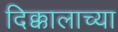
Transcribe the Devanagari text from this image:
दिक्कालाच्या